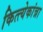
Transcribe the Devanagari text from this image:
कित्त्येकांन्ना